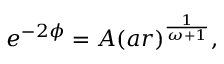
e ^ { - 2 \phi } = A ( a r ) ^ { \frac { 1 } { \omega + 1 } } ,